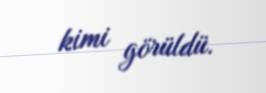
kimi görüldü.